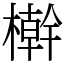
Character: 檊